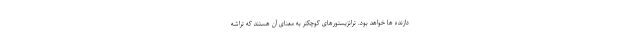
دازنده ها خواهد بود. ترانزیستورهای کوچکتر به معنای آن هستند که تراشه